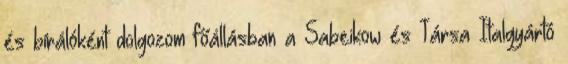
és bírálóként dolgozom főállásban a Sabeikow és Társa Italgyártó